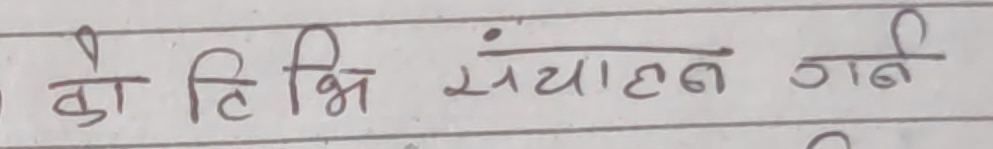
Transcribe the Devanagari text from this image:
को हि भि संचालन गर्न